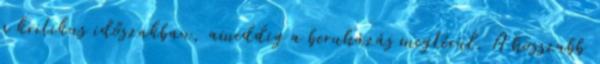
a kritikus időszakban, ameddig a beruházás megtérül. A hosszabb